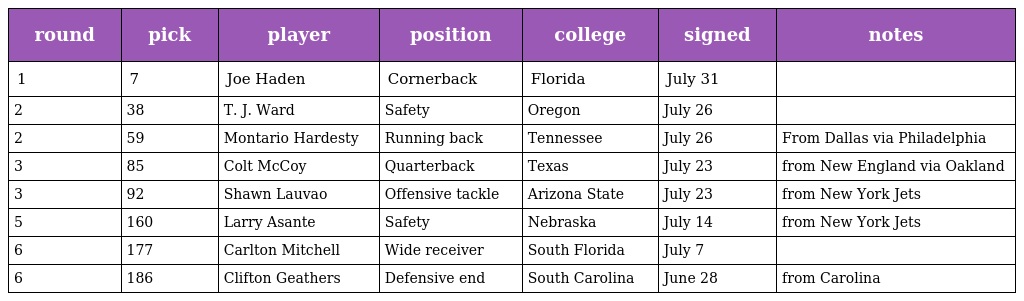
| round | pick | player | position | college | signed | notes |
 | --- | --- | --- | --- | --- | --- | --- |
 | 1 | 7 | Joe Haden | Cornerback | Florida | July 31 |  |
 | 2 | 38 | T. J. Ward | Safety | Oregon | July 26 |  |
 | 2 | 59 | Montario Hardesty | Running back | Tennessee | July 26 | From Dallas via Philadelphia |
 | 3 | 85 | Colt McCoy | Quarterback | Texas | July 23 | from New England via Oakland |
 | 3 | 92 | Shawn Lauvao | Offensive tackle | Arizona State | July 23 | from New York Jets |
 | 5 | 160 | Larry Asante | Safety | Nebraska | July 14 | from New York Jets |
 | 6 | 177 | Carlton Mitchell | Wide receiver | South Florida | July 7 |  |
 | 6 | 186 | Clifton Geathers | Defensive end | South Carolina | June 28 | from Carolina |